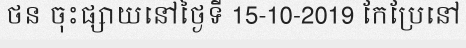
ថន ចុះផ្សាយនៅថ្ងៃទី 15-10-2019 កែប្រែនៅ